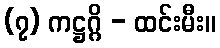
(၇) ကဋ္ဌဂ္ဂိ - ထင်းမီး။